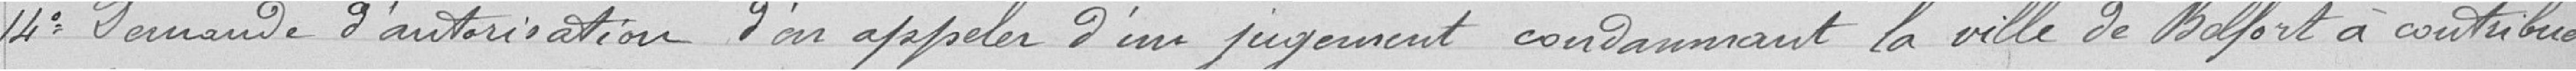
14° Demande d'autorisation d'en appeler d'un jugement condamnant la ville de Belfort à contribuer